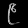
Digit: ၉